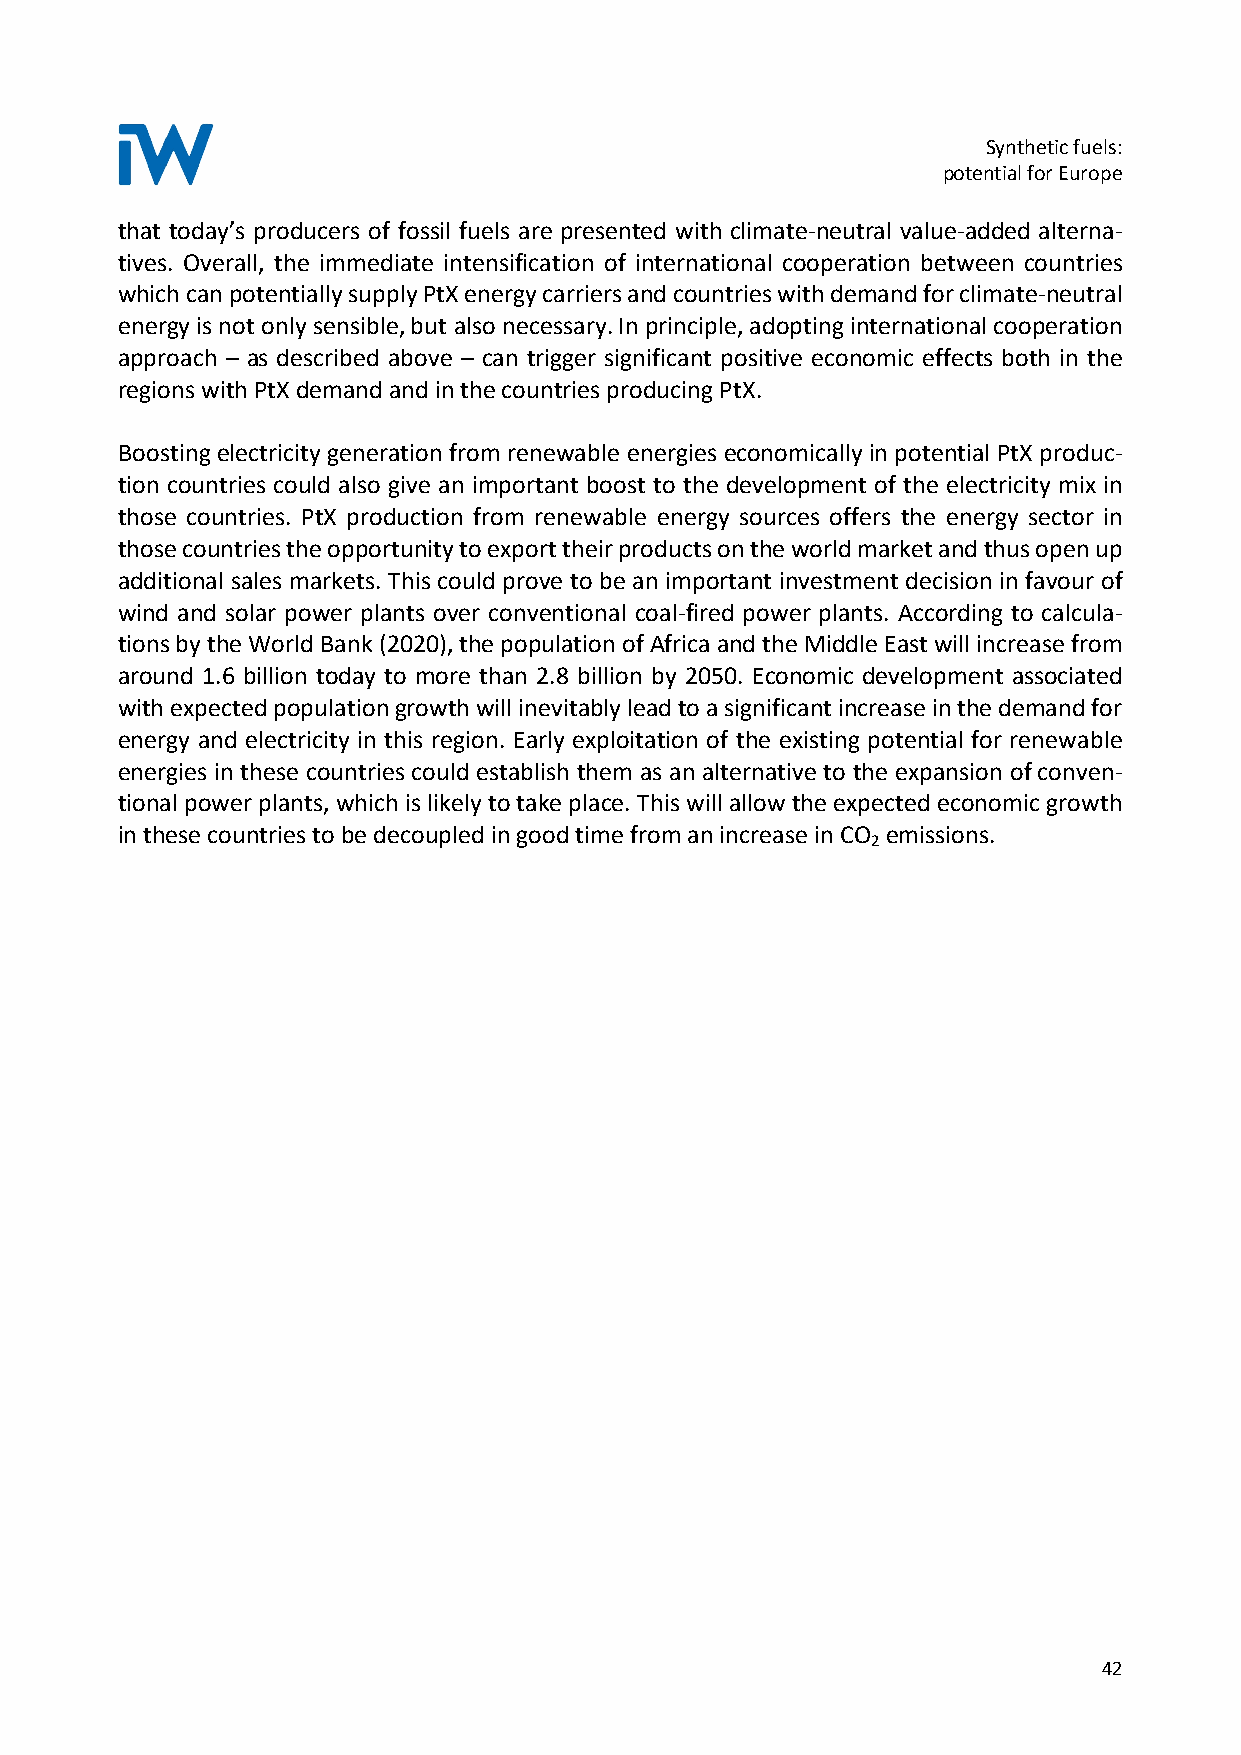
Synthetic fuels:
 potential for Europe
 that today’s producers of fossil fuels are presented with climate-neutral value-added alterna-
 tives. Overall, the immediate intensification of international cooperation between countries
 which can potentially supply PtX energy carriers and countries with demand for climate-neutral
 energy is not only sensible, but also necessary. In principle, adopting international cooperation
 approach – as described above – can trigger significant positive economic effects both in the
 regions with PtX demand and in the countries producing PtX.
 Boosting electricity generation from renewable energies economically in potential PtX produc-
 tion countries could also give an important boost to the development of the electricity mix in
 those countries. PtX production from renewable energy sources offers the energy sector in
 those countries the opportunity to export their products on the world market and thus open up
 additional sales markets. This could prove to be an important investment decision in favour of
 wind and solar power plants over conventional coal-fired power plants. According to calcula-
 tions by the World Bank (2020), the population of Africa and the Middle East will increase from
 around 1.6 billion today to more than 2.8 billion by 2050. Economic development associated
 with expected population growth will inevitably lead to a significant increase in the demand for
 energy and electricity in this region. Early exploitation of the existing potential for renewable
 energies in these countries could establish them as an alternative to the expansion of conven-
 tional power plants, which is likely to take place. This will allow the expected economic growth
 in these countries to be decoupled in good time from an increase in CO emissions.
 2
 42